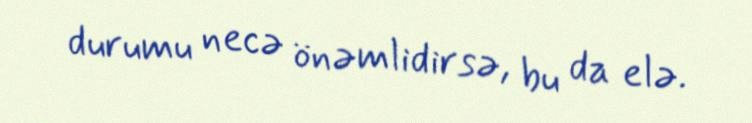
durumu necə önəmlidirsə, bu da elə.